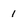
Character: 1